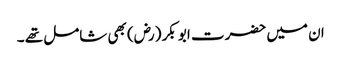
ان میں حضرت ابو بکر (رض) بھی شامل تھے ۔